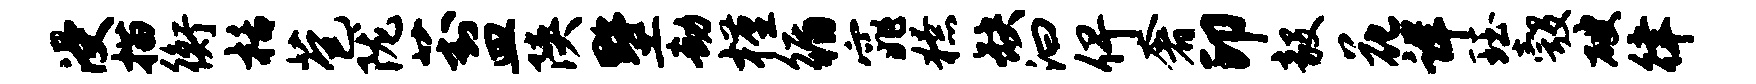
浸描衡栝苞陇葑皿陕墅劫槿循窕獠缺汩俾奢印毅花详珏彀破律